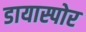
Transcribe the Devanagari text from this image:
डायास्पोर